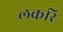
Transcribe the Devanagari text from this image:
लकरि